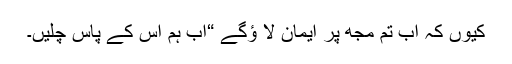
کیوں کہ اب تم مجھ پر ایمان لا ؤگے “اب ہم اس کے پاس چلیں۔